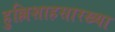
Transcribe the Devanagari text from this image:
हुल्लिशाहसारख्या